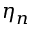
\eta _ { n }